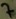
Text: 7